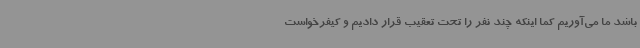
باشد ما می‌آوریم کما اینکه چند نفر را تحت تعقیب قرار دادیم و کیفرخواست